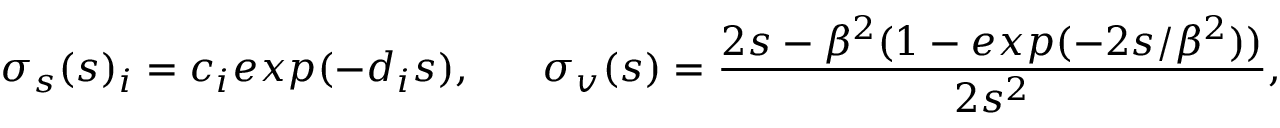
\sigma _ { s } ( s ) _ { i } = c _ { i } e x p ( - d _ { i } s ) , \mathrm { ~ \ \ \ \ } \sigma _ { v } ( s ) = \frac { 2 s - \beta ^ { 2 } ( 1 - e x p ( - 2 s / \beta ^ { 2 } ) ) } { 2 s ^ { 2 } } ,